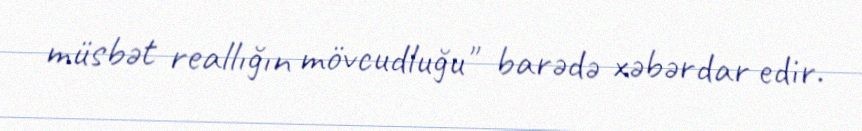
müsbət reallığın mövcudluğu" barədə xəbərdar edir.